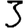
Digit: 3